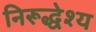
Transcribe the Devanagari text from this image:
निरूद्धेश्य